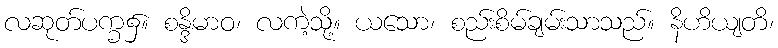
လဆုတ်ပက္ခ၌။ စန္ဒိမာဝ၊ လကဲ့သို့။ ယသော၊ စည်းစိမ်ချမ်းသာသည်။ နိဟိယျတိ၊